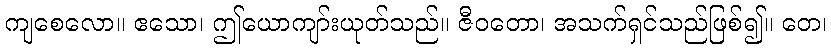
ကျစေလော။ ဧသော၊ ဤယောကျာ်းယုတ်သည်။ ဇီဝတော၊ အသက်ရှင်သည်ဖြစ်၍။ တေ၊